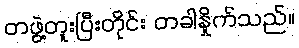
တဖွဲ့တူးပြီးတိုင်း တခါနှိုက်သည်။